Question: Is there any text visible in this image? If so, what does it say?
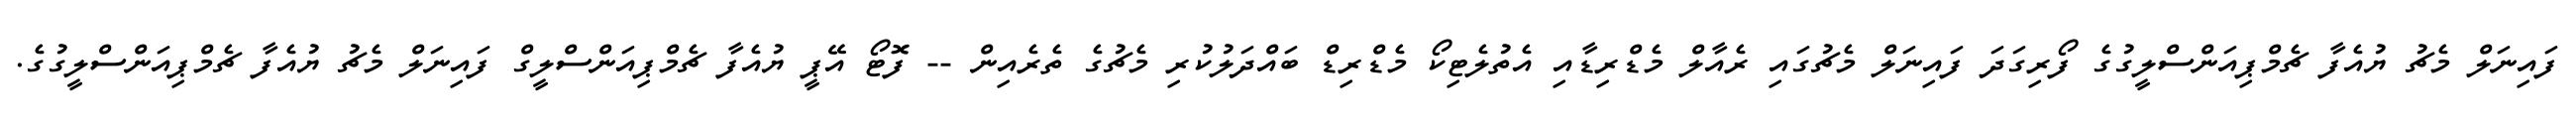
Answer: ފައިނަލް މެޗު ޔުއެފާ ޗެމްޕިއަންސްލީގުގެ ފޯރިގަދަ ފައިނަލް މެޗުގައި ރެއާލް މެޑްރިޑާއި އެތުލެޓިކޯ މެޑްރިޑް ބައްދަލުކުރި މެޗުގެ ތެރެއިން -- ފޮޓޯ އޭޕީ ޔުއެފާ ޗެމްޕިއަންސްލީގް ފައިނަލް މެޗު ޔުއެފާ ޗެމްޕިއަންސްލީގުގެ.